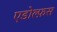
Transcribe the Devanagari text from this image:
एडोल्फ़स